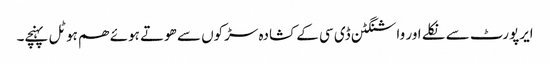
ایرپورٹ سے نکلے اور واشنگٹن ڈی سی کے کشادہ سڑکوں سے ھوتے ہوئے ھم ہوٹل پہنچے۔